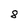
Character: 8